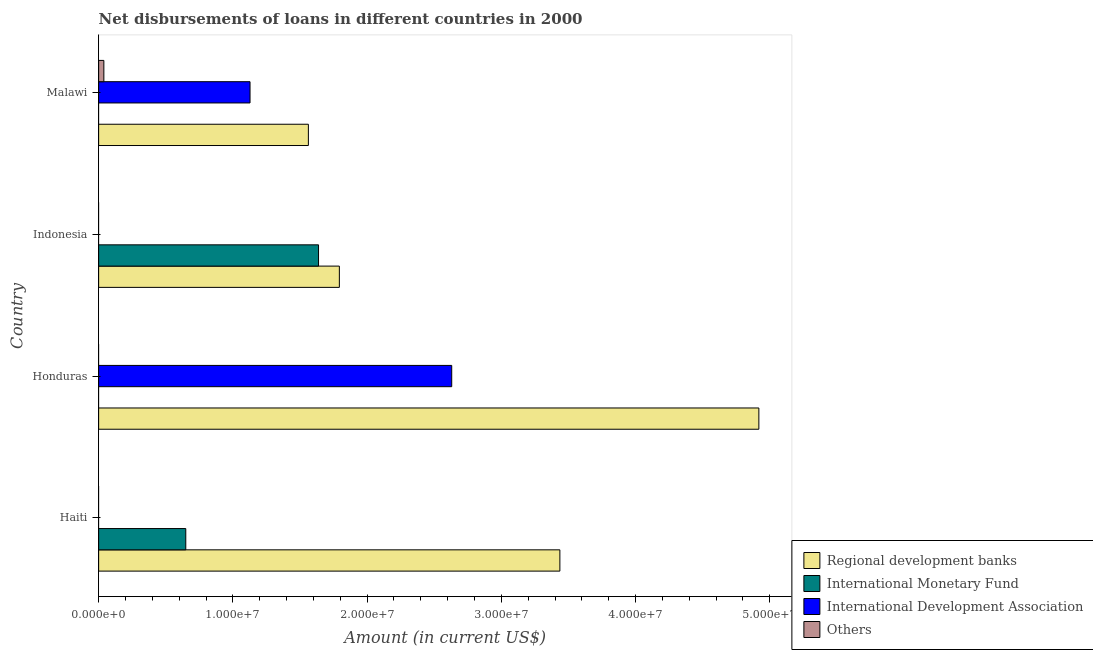
| Country | Regional development banks | International Monetary Fund | International Development Association | Others |
 | --- | --- | --- | --- | --- |
 | Haiti | 3.44e+07 | 6.49e+06 | -1.13e+06 | -4.34e+05 |
 | Honduras | 4.92e+07 | -7.37e+06 | 2.63e+07 | -1.06e+07 |
 | Indonesia | 1.79e+07 | 1.64e+07 | -4.54e+05 | -1.06e+07 |
 | Malawi | 1.56e+07 | -5.18e+06 | 1.13e+07 | 3.89e+05 |